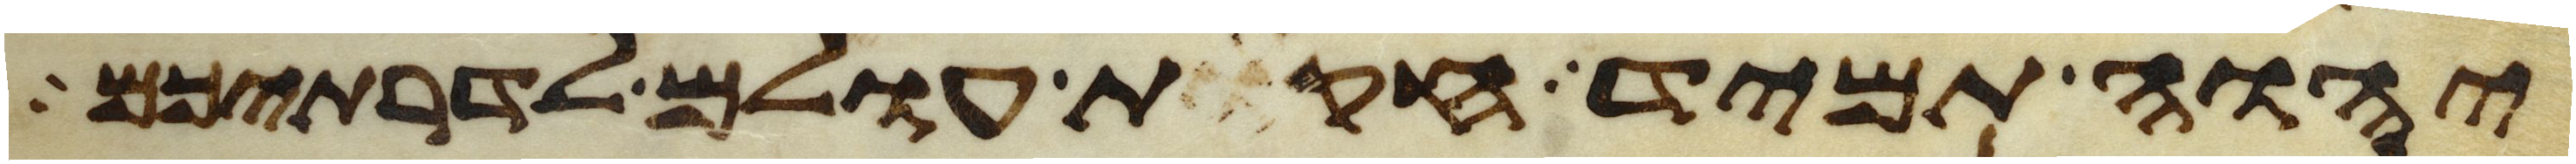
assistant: יהוה תמיד חקות עולם לדרתיכם